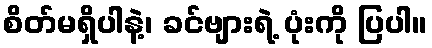
စိတ်မရှိပါနဲ့၊ ခင်ဗျားရဲ့ ပုံးကို ပြပါ။